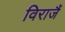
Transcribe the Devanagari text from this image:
विराजैं